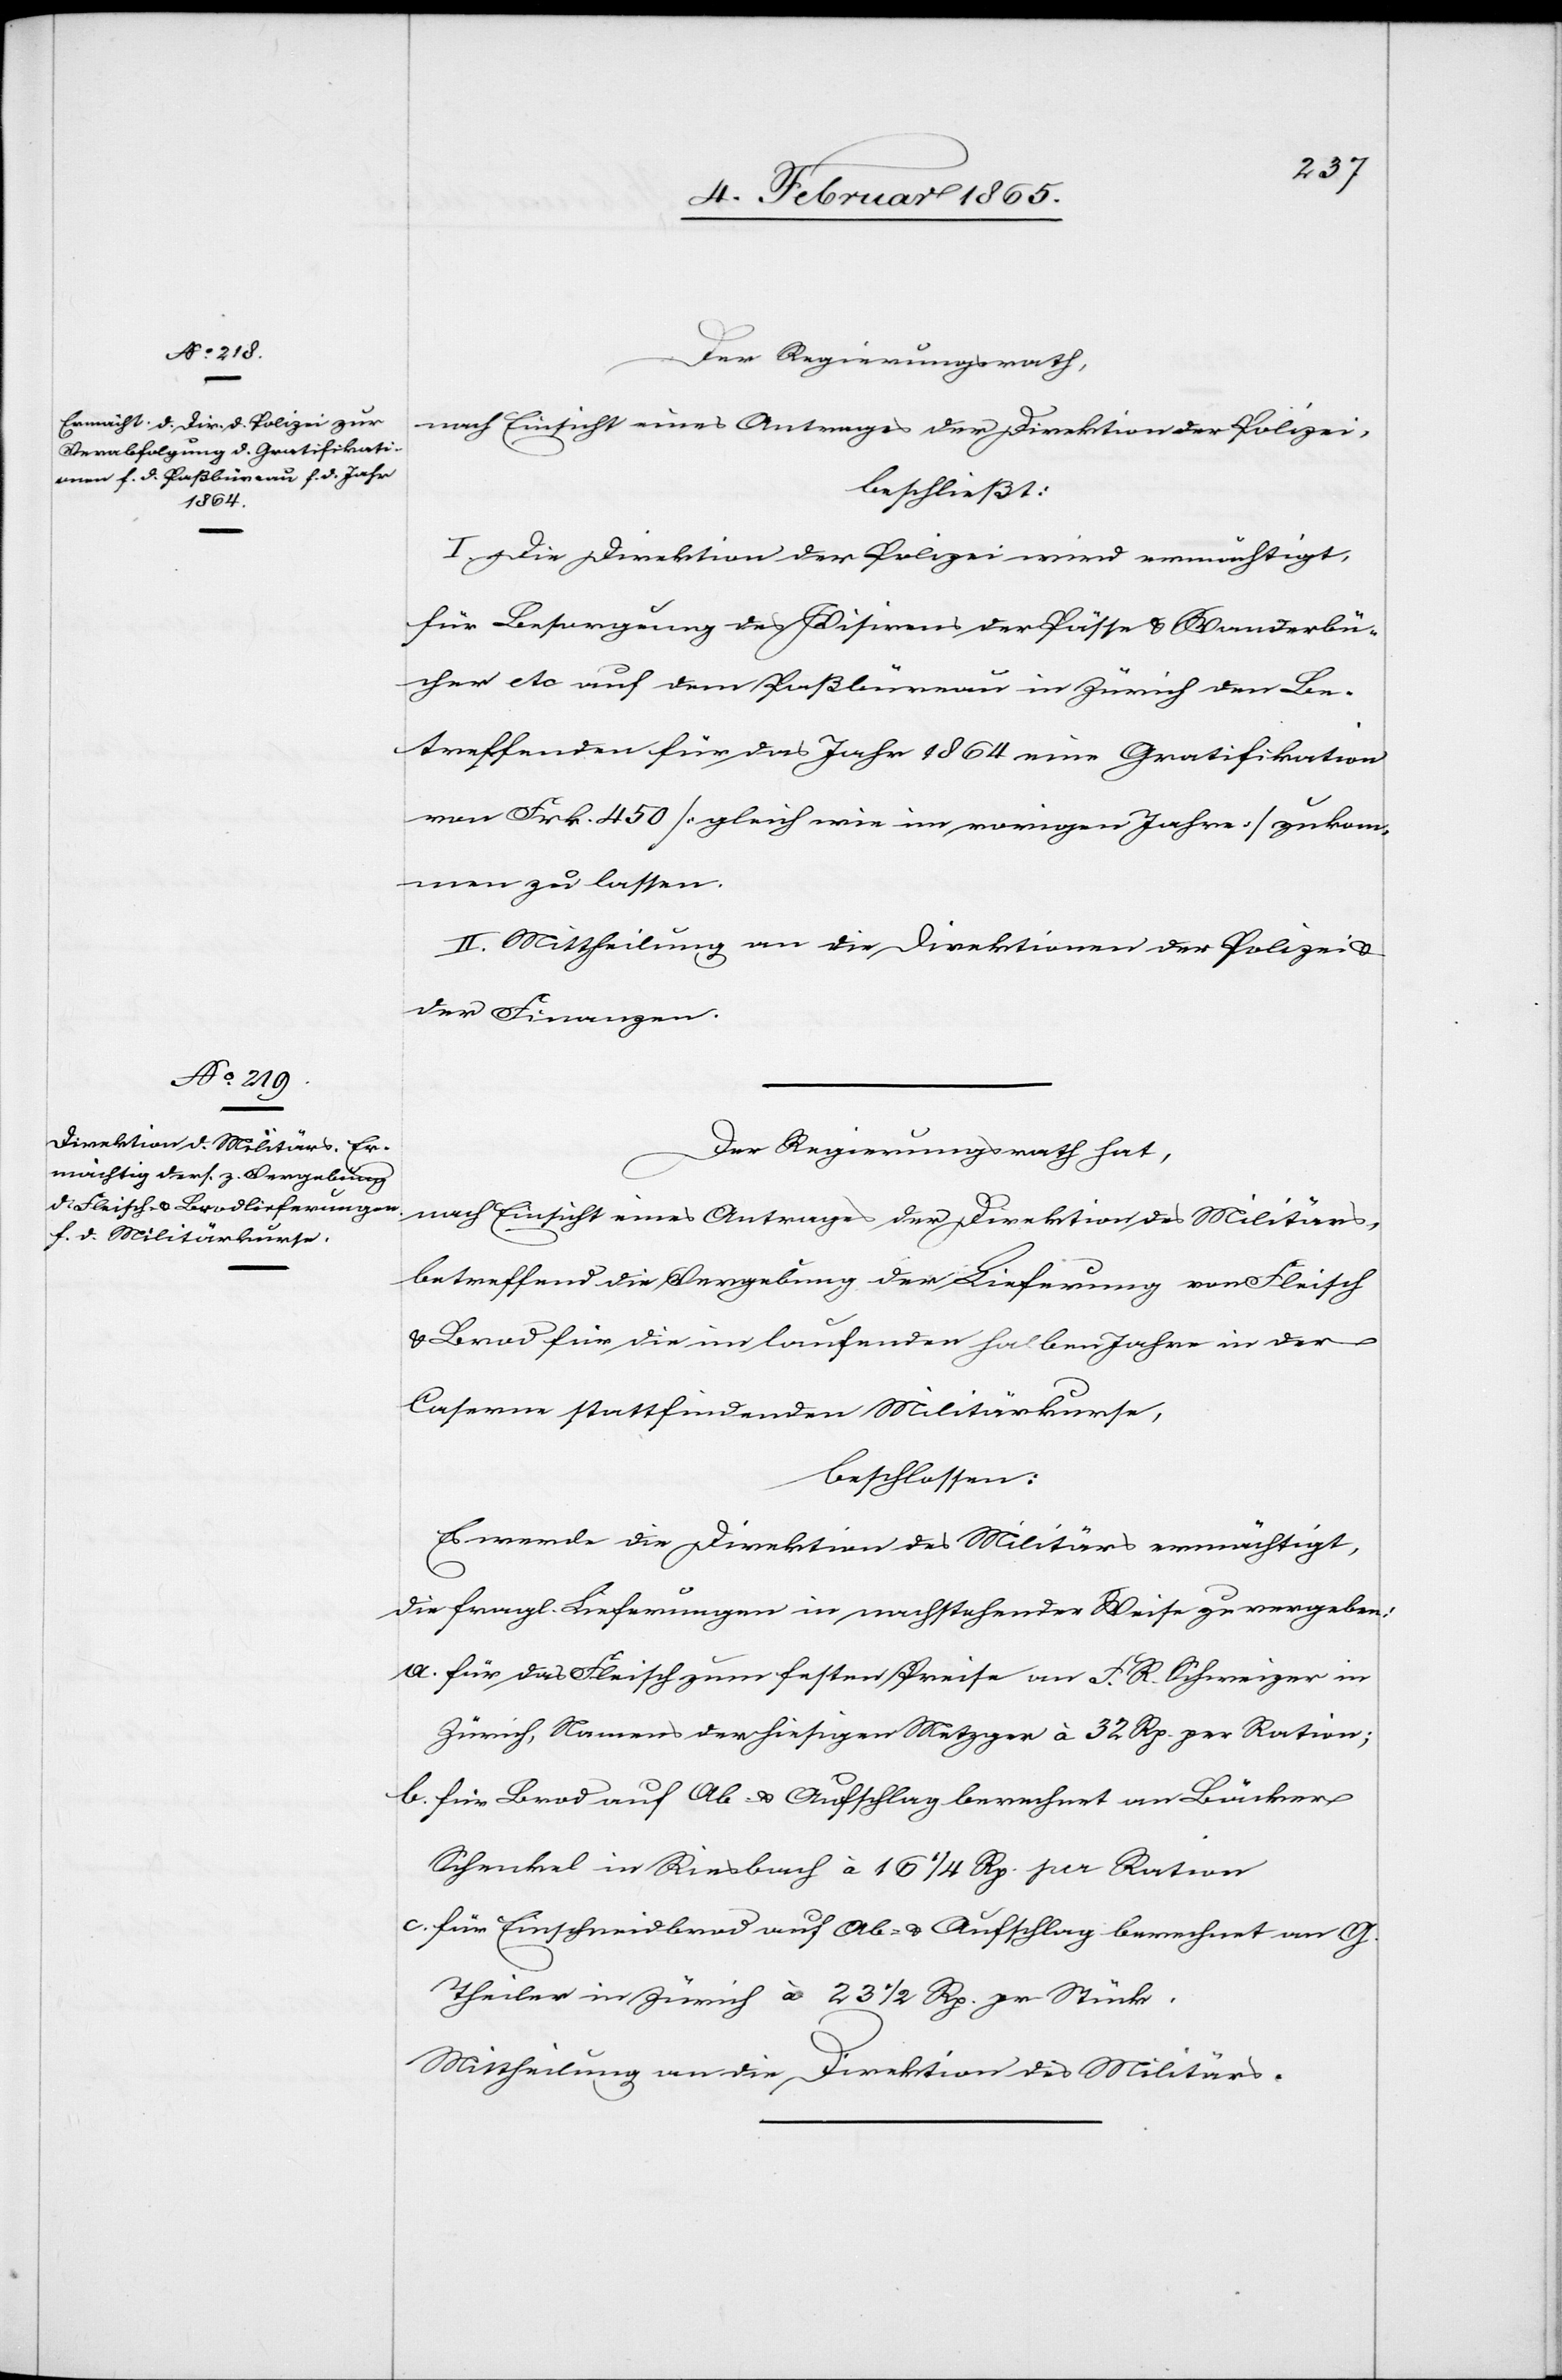
Der Regierungsrath,
nach Einsicht eines Antrages der Direktion der Polizei,
beschließt:
I. Die Direktion der Polizei wird ermächtigt,
für Besorgung des Visirens der Pässe u. Wanderbü¬
cher etc auf dem Paßbüreau in Zürich dem Be¬
treffenden für das Jahr 1864 eine Gratifikation
von Frk. 250 [gleich wie im vorigen Jahre] zukom¬
men zu lassen.
II. Mittheilung an die Direktion der Polizei u.
der Finanzen.
nach Einsicht eines Antrages der Direktion des Militärs,
betreffend die Vergebung der Lieferung von Fleisch
u. Brod für die im laufenden halben Jahre in der
Caserne stattfindenden Militärkurse,
beschlossen:
Es werde die Direktion des Militärs ermächtigt,
die fragl. Lieferungen in nachstehender Weise zu vergeben:
a. für das Fleisch zum festen Preise an F. R. Schweizer in
Zürich, Namens der hiesigen Metzger à 32 Rp. per Ration;
b. für Brod auf Ab- u. Aufschlag berechnet an Bäcker
Schenkel in Riesbach à 16 ¼ Rp. per Ration.
c. für Einschneidbrod auf Ab- u. Aufschlag berechnet an G.
Theiler in Zürich à 23 ½ Rp. pr Stück.
Mittheilung an die Direktion des Militärs.